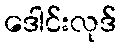
ဒေါင်းလုဒ်